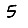
Digit: 5